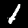
Label: 1